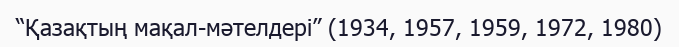
“Қазақтың мақал-мәтелдері” (1934, 1957, 1959, 1972, 1980)